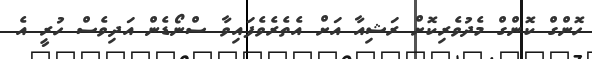
ހޮންގް ކޮންގް މެދުވެރިކޮށް ރަޝިއާ އަށް އެތެރެވެފައިވާ ސްނޯޑެން އަދިވެސް ހުރީ އެ